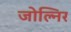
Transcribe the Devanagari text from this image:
जोल्निर